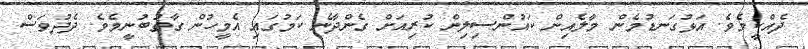
ދެއްކީމެވެ. އަޅުގަނޑުމެން މާލެއިން ކައުންސިލިން ކުރިއަށް ގެންދާނެ ކަމުގައި އެމީހުން ގާތުބުނީމެެވެ. ދެދުވަސް